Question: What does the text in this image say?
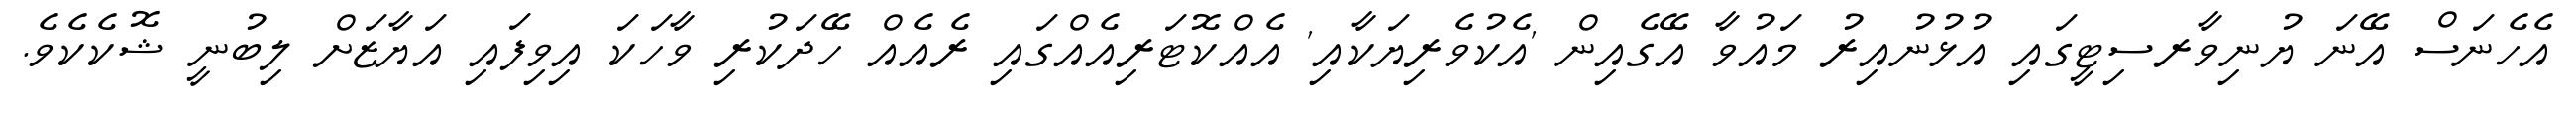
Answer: އެހެނަސް އޭނަ ޔުނިވާރސިޓީގައި އުޅުނުއިރު މައުވާ އޭގެއިން 'އެކުވެރިޔަކާއި' އެއްކޮޓަރިއެއްގައި ރެއެއް ހޭދަކުރި ވާހަކަ އިވިފައި އަޔާޒަށް ލިބުނީ ޝޮކެކެވެ.